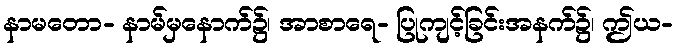
နာမတော- နာမ်မှနောက်၌၊ အာစာရေ- ပြုကျင့်ခြင်းအနက်၌၊ ဤယ-